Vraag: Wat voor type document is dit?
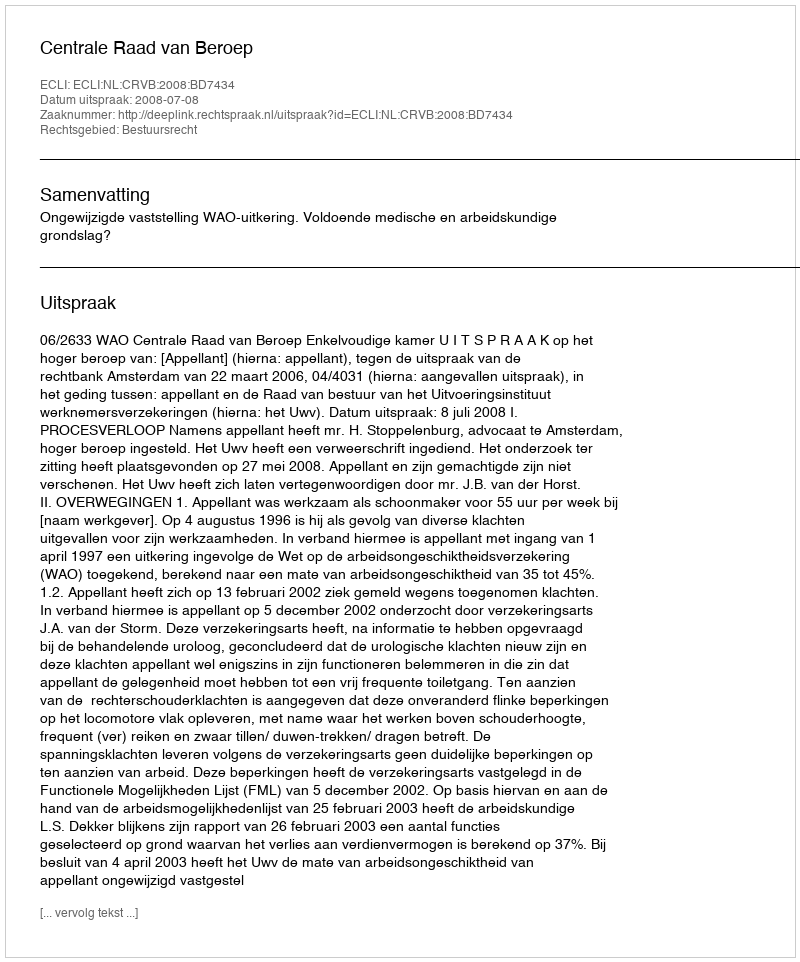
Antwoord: Uitspraak